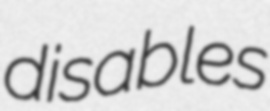
disables